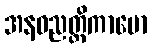
အနဝညတ္တိကာမော